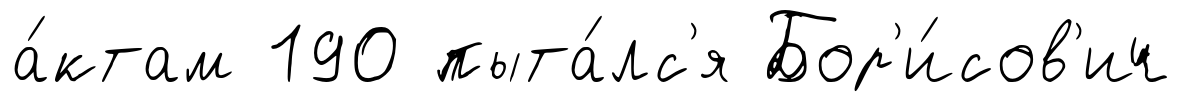
а́ктам 190 пыта́лс'я Бор'и́сов'ич